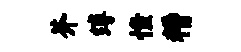
芥缚憧糟